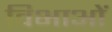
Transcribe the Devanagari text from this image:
विभाओं